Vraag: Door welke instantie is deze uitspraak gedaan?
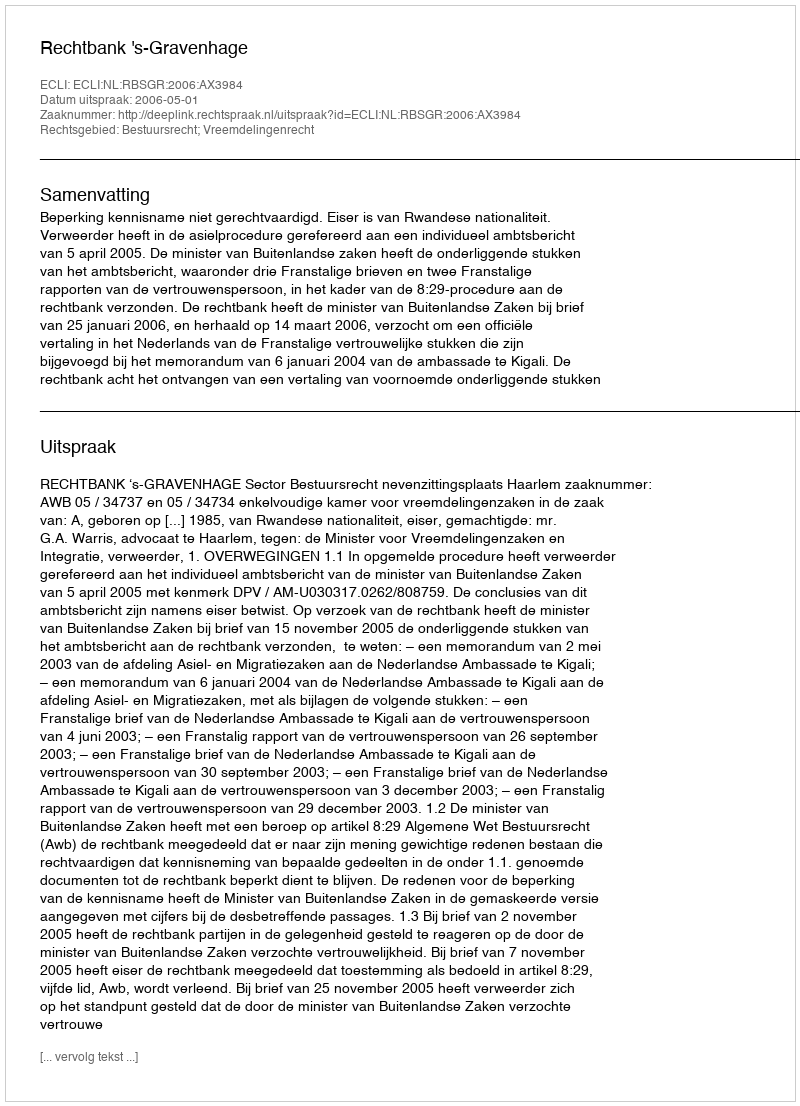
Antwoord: Rechtbank 's-Gravenhage